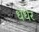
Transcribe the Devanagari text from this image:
धंधेर